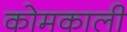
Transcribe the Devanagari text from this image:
कोमकाली